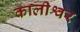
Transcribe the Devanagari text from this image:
कालीश्वर